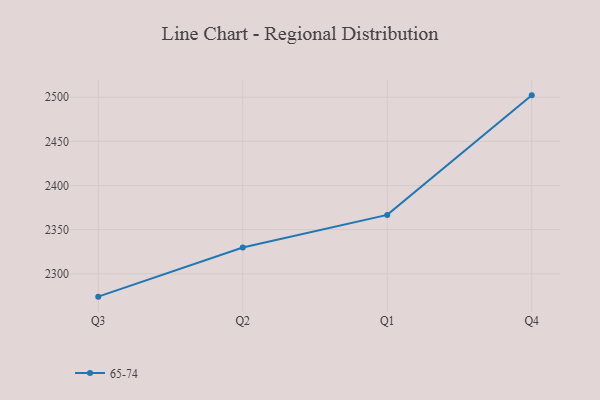
{"axis": {"x": "Quarter", "y": "Net Income (USD K)"}, "legend": ["65-74"], "data": [{"x": "Q3", "y": 2274.1, "type": "65-74"}, {"x": "Q2", "y": 2329.8, "type": "65-74"}, {"x": "Q1", "y": 2366.7, "type": "65-74"}, {"x": "Q4", "y": 2502.1, "type": "65-74"}]}